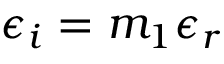
\epsilon _ { i } = m _ { 1 } \epsilon _ { r }